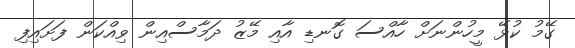
ގޭމު ކުޅޭ މީހުންނަށް ހާއްސަ ގޮނޑި އާއި މޭޒު ދަމާސްއިން ވިއްކަން ފަށައިފި